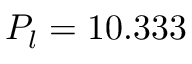
P _ { l } = 1 0 . 3 3 3